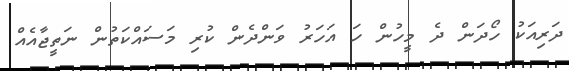
ދަރިއަކު ހޯދަން ދެ މީހުން ހަ އަހަރު ވަންދެން ކުރި މަސައްކަތުން ނަތީޖާއެއް